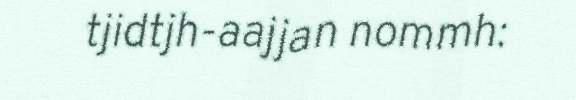
tjidtjh-aajjan nommh: